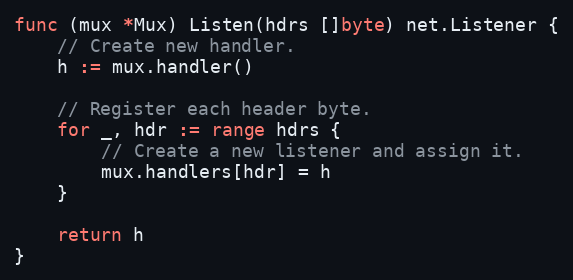
Language: Go
func (mux *Mux) Listen(hdrs []byte) net.Listener {
	// Create new handler.
	h := mux.handler()

	// Register each header byte.
	for _, hdr := range hdrs {
		// Create a new listener and assign it.
		mux.handlers[hdr] = h
	}

	return h
}